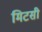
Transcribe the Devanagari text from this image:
मिटसी